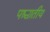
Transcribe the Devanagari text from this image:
पश्चातीय